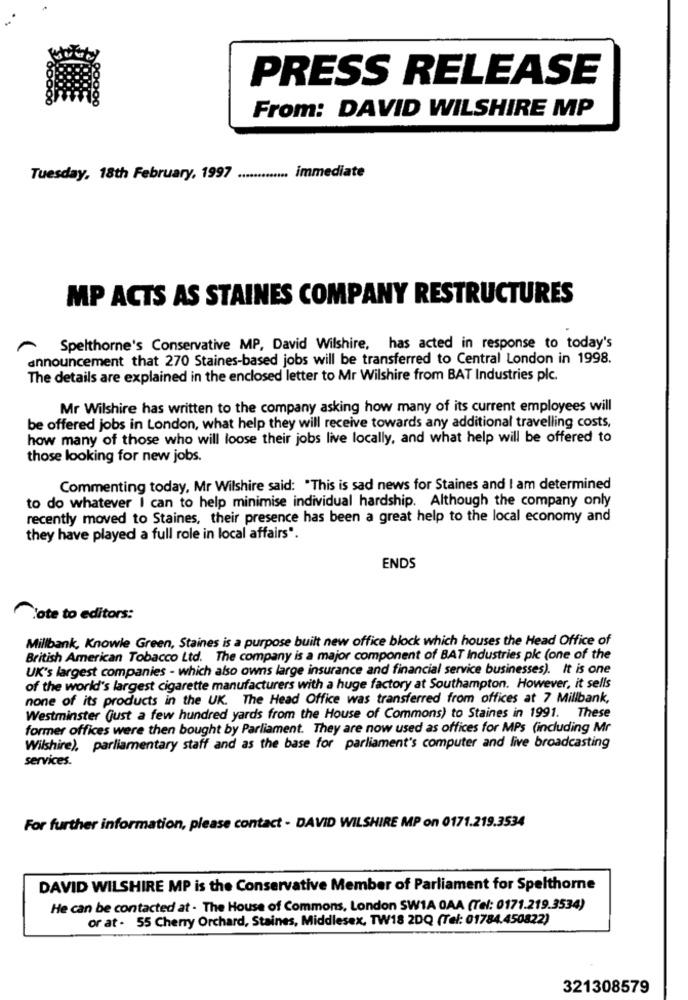
PRESS RELEASE
From: DAVID WILSHIRE MP
Tuesday, 18th February, 1997 ............. immediate
MP ACTS AS STAINES COMPANY RESTRUCTURES
Spelthorne's Conservative MP, David Wilshire, has acted in response to today's
announcement that 270 Staines-based jobs will be transferred to Central London in 1998.
The details are explained in the enclosed letter to Mr Wilshire from BAT Industries plc.
Mr Wilshire has written to the company asking how many of its current employees will
be offered jobs in London, what help they will receive towards any additional travelling costs,
how many of those who will loose their jobs live locally, and what help will be offered to
those looking for new jobs.
Commenting today, Mr Wilshire said: "This is sad news for Staines and I am determined
to do whatever I can to help minimise individual hardship. Although the company only
recently moved to Staines, their presence has been a great help to the local economy and
they have played a full role in local affairs".
ENDS
lote to editors:
Millbank, Knowle Green, Staines is a purpose built new office block which houses the Head Office of
British American Tobacco Ltd. The company is a major component of BAT Industries plc (one of the
UK's largest companies - which also owns large insurance and financial service businesses). It is one
of the world's largest cigarette manufacturers with a huge factory at Southampton. However, it sells
none of its products in the UK. The Head Office was transferred from offices at 7 Millbank,
Westminster (just a few hundred yards from the House of Commons) to Staines in 1991. These
former offices were then bought by Parliament. They are now used as offices for MPs (including Mr
Wilshire), parliamentary staff and as the base for parliament's computer and live broadcasting
services.
For further information, please contact - DAVID WILSHIRE MP on 0171.219.3534
DAVID WILSHIRE MP is the Conservative Member of Parliament for Spelthorne
He can be contacted at - The House of Commons, London SW1A 0AA (Tel: 0171.219.3534)
or at - 55 Cherry Orchard, Staines, Middlesex, TW18 2DQ (Tel: 01784.450822)
321308579